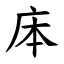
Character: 㡷